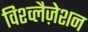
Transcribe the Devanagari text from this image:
विश्व्लैज़ेशन